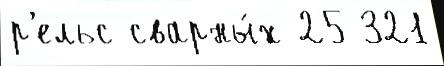
р'ельс сварны́х 25 321